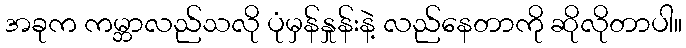
အခုက ကမ္ဘာလည်သလို ပုံမှန်နှုန်းနဲ့ လည်နေတာကို ဆိုလိုတာပါ။